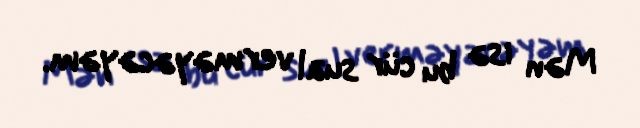
Mən isə bu cür sual verməyəcəyəm.